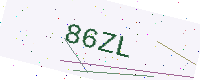
Text: 86ZL